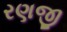
રણજી